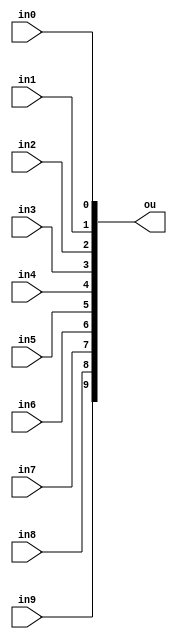
module LED_SW(
in0,in1,in2,in3,in4,
in5,in6,in7,in8,in9,
ou
);
	input in0,in1,in2,in3,in4;
	input in5,in6,in7,in8,in9;
	output [9:0]ou;
	
	assign ou[0]=in0;
	assign ou[1]=in1;
	assign ou[2]=in2;
	assign ou[3]=in3;
	assign ou[4]=in4;
	assign ou[5]=in5;
	assign ou[6]=in6;
	assign ou[7]=in7;
	assign ou[8]=in8;
	assign ou[9]=in9;
	
endmodule